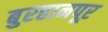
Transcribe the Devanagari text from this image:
बुरहानपूर